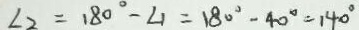
\angle 2 = 1 8 0 ^ { \circ } - \angle 1 = 1 8 0 ^ { \circ } - 4 0 ^ { \circ } = 1 4 0 ^ { \circ }